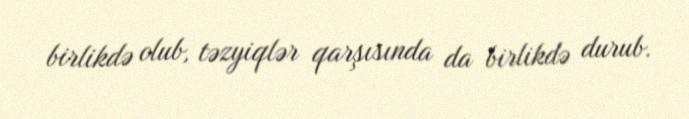
birlikdə olub, təzyiqlər qarşısında da birlikdə durub.